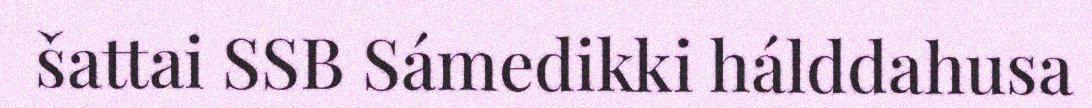
šattai SSB Sámedikki hálddahusa